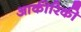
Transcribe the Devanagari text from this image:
आकीरिकी